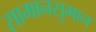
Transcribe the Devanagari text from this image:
सामानसुमान